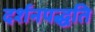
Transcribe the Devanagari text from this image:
दर्शनपद्धति